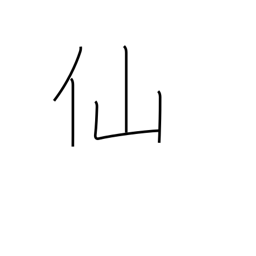
Meaning: cent